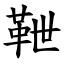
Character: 靾